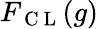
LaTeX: F_{\mathrm{~C~L~}}(g)